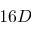
1 6 D